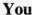
You